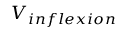
V _ { i n f l e x i o n }